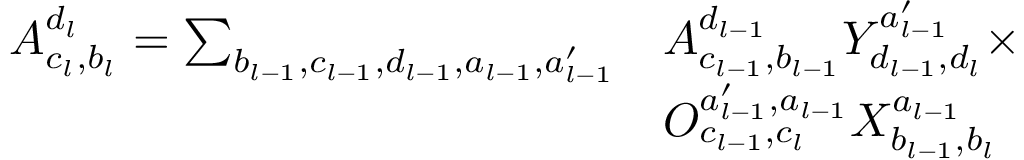
\begin{array} { r l } { A _ { c _ { l } , b _ { l } } ^ { d _ { l } } = \sum _ { b _ { l - 1 } , c _ { l - 1 } , d _ { l - 1 } , a _ { l - 1 } , a _ { l - 1 } ^ { \prime } } } & { A _ { c _ { l - 1 } , b _ { l - 1 } } ^ { d _ { l - 1 } } Y _ { d _ { l - 1 } , d _ { l } } ^ { a _ { l - 1 } ^ { \prime } } \times } \\ & { O _ { c _ { l - 1 } , c _ { l } } ^ { a _ { l - 1 } ^ { \prime } , a _ { l - 1 } } X _ { b _ { l - 1 } , b _ { l } } ^ { a _ { l - 1 } } } \end{array}